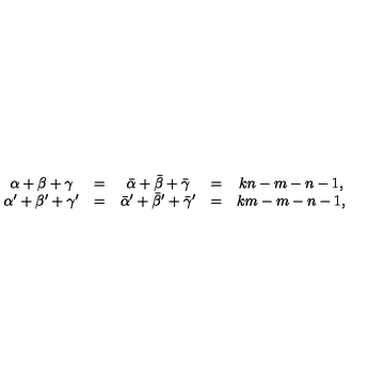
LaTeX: \begin{array} { c c c c c } { \alpha + \beta + \gamma } & { = } & { \bar { \alpha } + \bar { \beta } + \bar { \gamma } } & { = } & { k n - m - n - 1 , } \\ { \alpha ^ { \prime } + \beta ^ { \prime } + \gamma ^ { \prime } } & { = } & { \bar { \alpha } ^ { \prime } + \bar { \beta } ^ { \prime } + \bar { \gamma } ^ { \prime } } & { = } & { k m - m - n - 1 , } \\ \end{array}